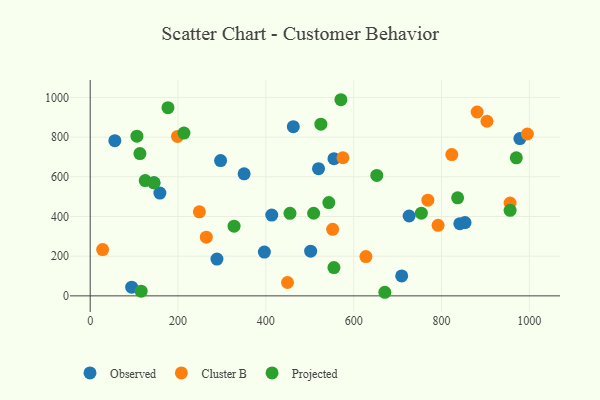
{"axis": {"x": "Speed", "y": "Yield"}, "legend": ["Cluster B", "Observed", "Projected"], "data": [{"x": "413.4", "y": 407.2, "type": "Observed"}, {"x": "978.4", "y": 792.9, "type": "Observed"}, {"x": "853.5", "y": 369.2, "type": "Observed"}, {"x": "726.3", "y": 402.4, "type": "Observed"}, {"x": "94.5", "y": 43.9, "type": "Observed"}, {"x": "709.3", "y": 100.4, "type": "Observed"}, {"x": "396.6", "y": 220.5, "type": "Observed"}, {"x": "519.9", "y": 641.1, "type": "Observed"}, {"x": "502.0", "y": 225.0, "type": "Observed"}, {"x": "841.7", "y": 364.0, "type": "Observed"}, {"x": "462.5", "y": 852.8, "type": "Observed"}, {"x": "158.7", "y": 518.0, "type": "Observed"}, {"x": "56.1", "y": 782.1, "type": "Observed"}, {"x": "296.9", "y": 681.8, "type": "Observed"}, {"x": "555.1", "y": 691.3, "type": "Observed"}, {"x": "288.6", "y": 185.3, "type": "Observed"}, {"x": "145.4", "y": 569.5, "type": "Observed"}, {"x": "350.5", "y": 615.3, "type": "Observed"}, {"x": "956.1", "y": 467.4, "type": "Cluster B"}, {"x": "28.3", "y": 233.5, "type": "Cluster B"}, {"x": "627.8", "y": 198.0, "type": "Cluster B"}, {"x": "881.1", "y": 926.6, "type": "Cluster B"}, {"x": "575.5", "y": 696.1, "type": "Cluster B"}, {"x": "792.2", "y": 355.6, "type": "Cluster B"}, {"x": "248.6", "y": 423.5, "type": "Cluster B"}, {"x": "449.3", "y": 67.4, "type": "Cluster B"}, {"x": "768.9", "y": 482.2, "type": "Cluster B"}, {"x": "903.5", "y": 879.9, "type": "Cluster B"}, {"x": "264.4", "y": 295.9, "type": "Cluster B"}, {"x": "552.1", "y": 335.5, "type": "Cluster B"}, {"x": "198.8", "y": 803.6, "type": "Cluster B"}, {"x": "995.5", "y": 815.8, "type": "Cluster B"}, {"x": "823.4", "y": 712.3, "type": "Cluster B"}, {"x": "454.9", "y": 416.2, "type": "Projected"}, {"x": "106.4", "y": 805.0, "type": "Projected"}, {"x": "570.9", "y": 988.5, "type": "Projected"}, {"x": "508.8", "y": 416.3, "type": "Projected"}, {"x": "125.3", "y": 580.9, "type": "Projected"}, {"x": "113.2", "y": 717.1, "type": "Projected"}, {"x": "525.3", "y": 865.5, "type": "Projected"}, {"x": "956.2", "y": 431.0, "type": "Projected"}, {"x": "652.6", "y": 607.0, "type": "Projected"}, {"x": "145.0", "y": 570.0, "type": "Projected"}, {"x": "555.0", "y": 142.8, "type": "Projected"}, {"x": "116.1", "y": 23.7, "type": "Projected"}, {"x": "177.1", "y": 948.3, "type": "Projected"}, {"x": "836.7", "y": 494.2, "type": "Projected"}, {"x": "970.3", "y": 695.5, "type": "Projected"}, {"x": "543.4", "y": 470.4, "type": "Projected"}, {"x": "754.1", "y": 416.9, "type": "Projected"}, {"x": "213.5", "y": 820.5, "type": "Projected"}, {"x": "327.6", "y": 351.4, "type": "Projected"}, {"x": "670.9", "y": 18.1, "type": "Projected"}]}